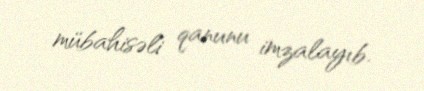
mübahisəli qanunu imzalayıb.